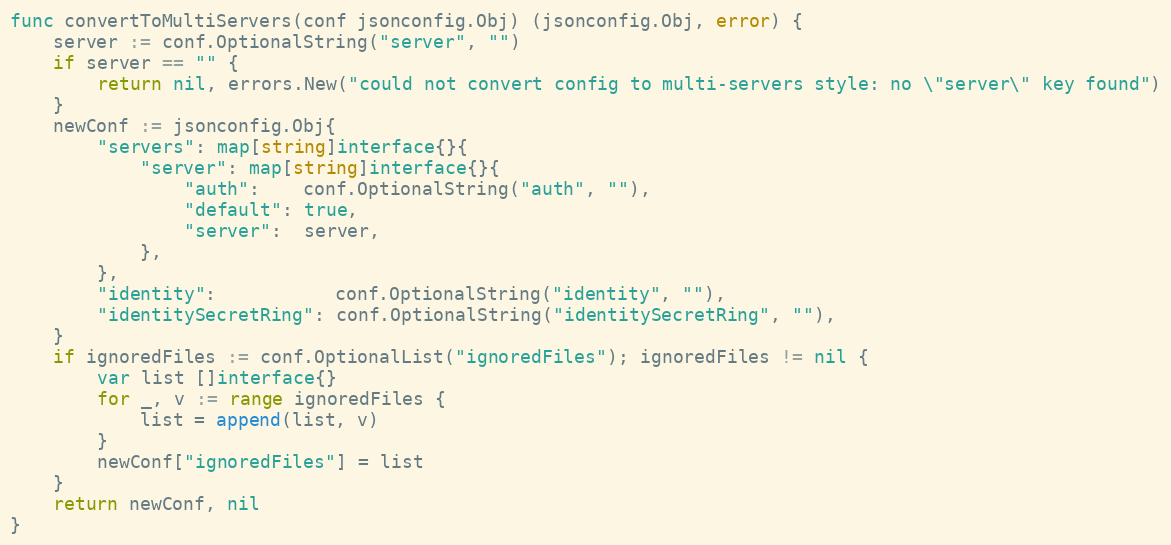
Language: Go
func convertToMultiServers(conf jsonconfig.Obj) (jsonconfig.Obj, error) {
	server := conf.OptionalString("server", "")
	if server == "" {
		return nil, errors.New("could not convert config to multi-servers style: no \"server\" key found")
	}
	newConf := jsonconfig.Obj{
		"servers": map[string]interface{}{
			"server": map[string]interface{}{
				"auth":    conf.OptionalString("auth", ""),
				"default": true,
				"server":  server,
			},
		},
		"identity":           conf.OptionalString("identity", ""),
		"identitySecretRing": conf.OptionalString("identitySecretRing", ""),
	}
	if ignoredFiles := conf.OptionalList("ignoredFiles"); ignoredFiles != nil {
		var list []interface{}
		for _, v := range ignoredFiles {
			list = append(list, v)
		}
		newConf["ignoredFiles"] = list
	}
	return newConf, nil
}